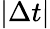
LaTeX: \left|\Delta t\right|